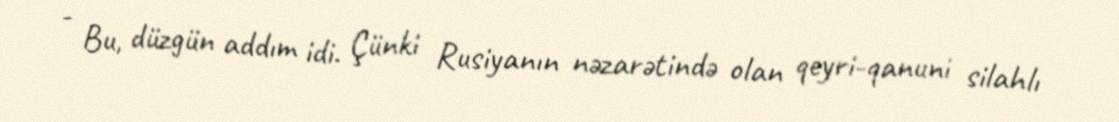
- Bu, düzgün addım idi. Çünki Rusiyanın nəzarətində olan qeyri-qanuni silahlı